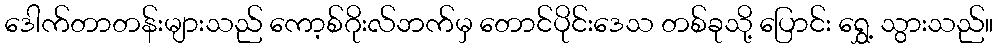
ဒေါက်တာတန်းများသည် ကော့စ်ဂိုးလ်ဘက်မှ တောင်ပိုင်းဒေသ တစ်ခုသို့ ပြောင်း ရွှေ့ သွားသည်။